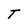
Character: T